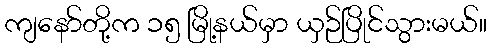
ကျနော်တို့က ၁၅ မြို့နယ်မှာ ယှဉ်ပြိုင်သွားမယ်။